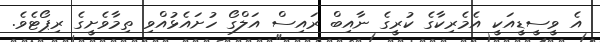
އެ ވީސީޑީއަކީ އެމެރިކާގެ ކުރީގެ ނާއިބް ރައިސް އަލްގޯ ހުށައެޅުއްވި ތިމާވެށީގެ ރިޕޯޓެވެ.